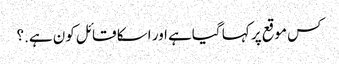
کس موقع پر کہا گیاہے اور اسکا قائل کون ہے.؟